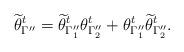
LaTeX: \begin{align*} \widetilde \theta^t_{\Gamma''} = \widetilde \theta^t_{\Gamma_1''} \theta^t_{\Gamma_2''} + \theta^t_{\Gamma_1''} \widetilde \theta^t_{\Gamma_2''}. \end{align*}